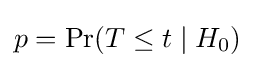
p=\Pr(T\leq t\mid H_{0})